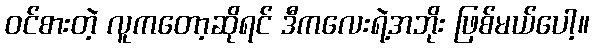
ဝင်စားတဲ့ လူကတော့ဆိုရင် ဒီကလေးရဲ့အဘိုး ဖြစ်မယ်ပေါ့။